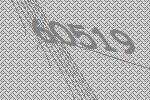
60519